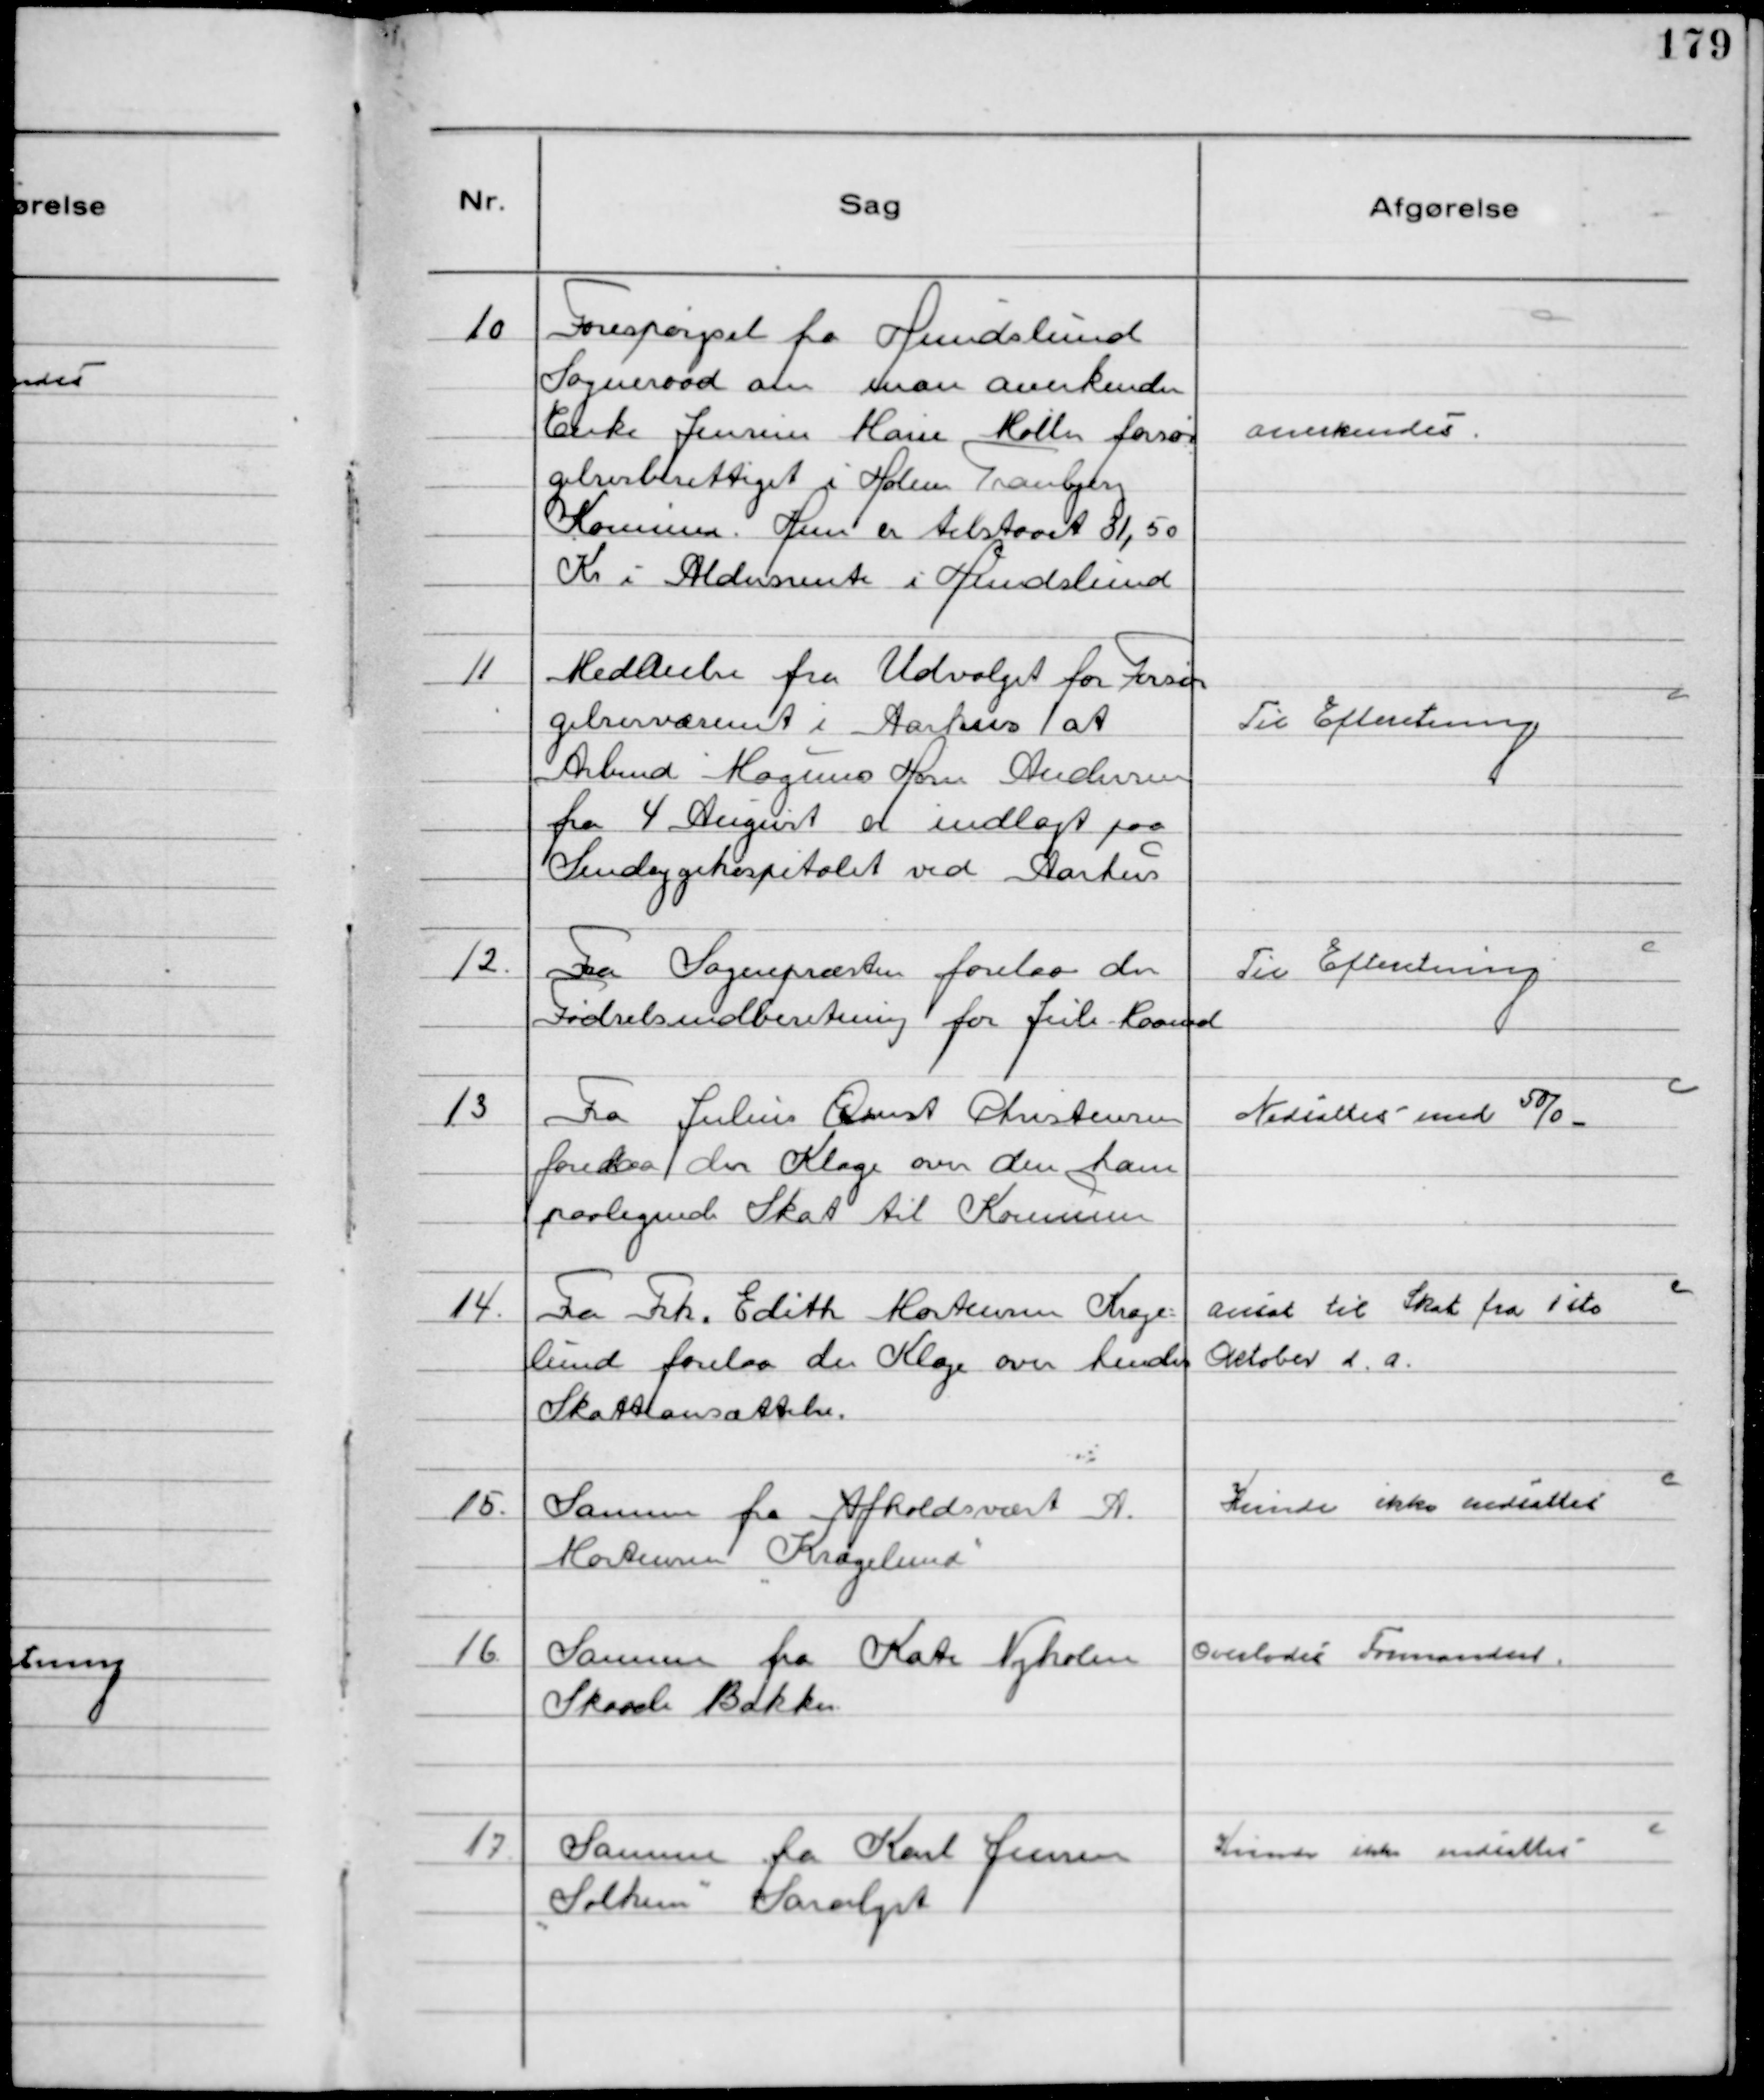
Transskription:
10
Forespørgsel fra Hundslund
Sogneraad om man anerkender
Enke Jensine Marie Møller forsør
gelsesberettiget i Holme Tranbjerg
Kommune. Hun er tilstaaet 31,50
Kr i Aldersrente i Hundslund

Anerkendes

11
Meddeelse fra Udvalget for Forsør
gelsesvæsenet i Aarhus at
Arbmd Mogens Horn Andersen
fra 4 August er indlagt paa
Sindsygehospitalet ved Aarhus

Til Efteretning

12.
Fra Sognepræsten forelaa der
Fødselsindberetning for Juli Maaned

Til Efteretning

13
Fra Julius Ernst Christensen
forelaa der Klage over den ham
paalignede Skat til Kommunen

Nedsattes med 50/0

14.
Fra Frk. Edith Mortensen Krage-
lund forelaa der Klage over hendes
Skatteansættelse.

Ansat til Skat fra 1ste
Oktober d. a.

15.
Samme fra Afholdsvært A.
Mortensen "Kragelund"

Kunde ikke nedsættes

16
Samme fra Kate Nyholm
Skaade Bakker

Overlodes Formanden

17
Samme fra Karl Jensen
"Solhem" Saralyst

Kunde ikke nedsættes